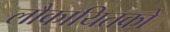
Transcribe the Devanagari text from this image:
लौकायितकों